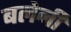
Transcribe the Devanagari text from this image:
बलेनी